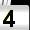
Digit: 4